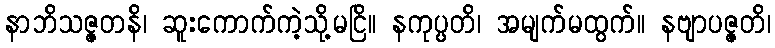
နာဘိသဇ္ဇတနိ၊ ဆူးကောက်ကဲ့သို့မငြိ။ နကုပ္ပတိ၊ အမျက်မထွက်။ နဗျာပဇ္ဇတိ၊